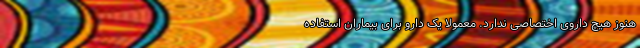
هنوز هیچ داروی اختصاصی ندارد. معمولا یک دارو برای بیماران استفاده